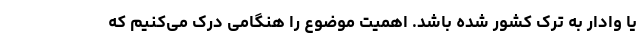
یا وادار به ترک کشور شده باشد. اهمیت موضوع را هنگامی درک می‌کنیم که